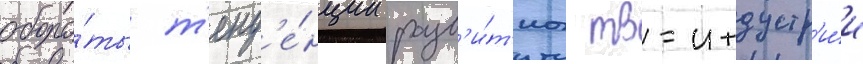
оборо́ты т'енд'е́нции разв'и́т'иа тв-индустр'и́и